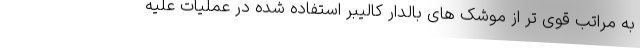
به مراتب قوی تر از موشک های بالدار کالیبر استفاده شده در عملیات علیه